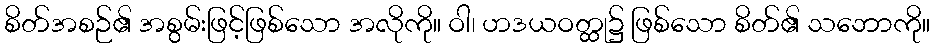
စိတ်အစဉ်၏ အစွမ်းဖြင့်ဖြစ်သော အလိုကို။ ဝါ၊ ဟဒယဝတ္ထု၌ ဖြစ်သော စိတ်၏ သဘောကို။